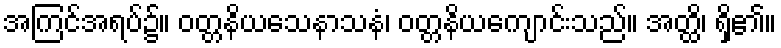
အကြင်အရပ်၌။ ဝတ္တနိယသေနာသနံ၊ ဝတ္တနိယကျောင်းသည်။ အတ္ထိ၊ ရှိ၏။